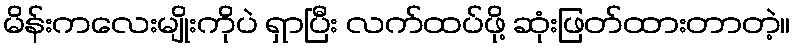
မိန်းကလေးမျိုးကိုပဲ ရှာပြီး လက်ထပ်ဖို့ ဆုံးဖြတ်ထားတာတဲ့။